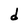
Character: d